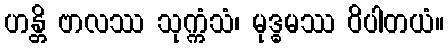
ဟန္တိ ဗာလဿ သုက္ကံသံ၊ မုဒ္ဓမဿ ဝိပါတယံ။